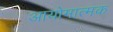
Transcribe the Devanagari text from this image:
आयोमात्मक